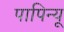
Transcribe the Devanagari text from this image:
पापिन्यू